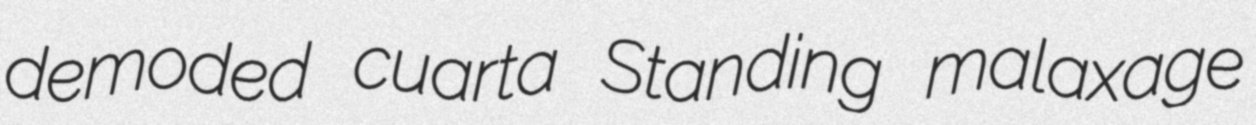
demoded cuarta Standing malaxage